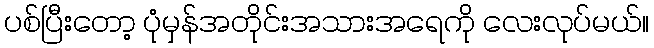
ပစ်ပြီးတော့ ပုံမှန်အတိုင်းအသားအရေကို လေးလုပ်မယ်။